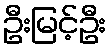
ဦးမြင့်ဦး